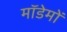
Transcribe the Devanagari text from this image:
मॉडेमों